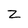
Character: z